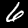
Digit: 6